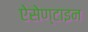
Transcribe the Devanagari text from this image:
ऐसेण्टाइन